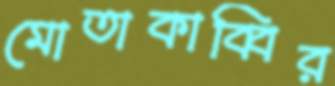
মোতাকাব্বির